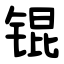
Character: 锟